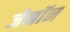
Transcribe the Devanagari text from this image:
जेनॉन